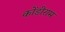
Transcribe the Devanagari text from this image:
कोंडीराम